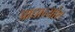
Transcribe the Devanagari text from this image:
प्राधान्यांश